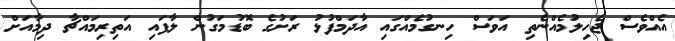
އެއްވެސް ޖެހިލުމެއްނެތި އަވަސް ހިނގުމެއްގައި އާދަމްފުޅު ރަށުގެ ބޮޑުމަގުން ލާފައި އަތިރިމައްޗާ ދިމާއަށް